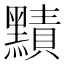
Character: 𪒑